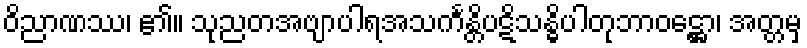
ဝိညာဏဿ၊ ၏။ သုညတအဗျာပါရအသင်္ကန္တိပဋိသန္ဓိပါတုဘာဝဋ္ဌော၊ အတ္တမှ